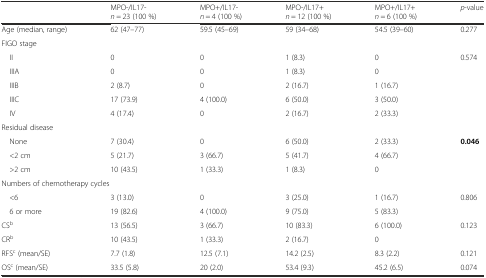
<table><thead><tr><td></td><td><b>MPO-/IL17-<i>n</i> = 23 (100 %)</b></td><td><b>MPO+/IL17-<i>n</i> = 4 (100 %)</b></td><td><b>MPO-/IL17+<i>n</i> = 12 (100 %)</b></td><td><b>MPO+/IL17+<i>n</i> = 6 (100 %)</b></td><td><b><i>p</i>-value</b></td></tr></thead><tbody><tr><td>Age (median, range)</td><td>62 (47–77)</td><td>59.5 (45–69)</td><td>59 (34–68)</td><td>54.5 (39–60)</td><td>0.277</td></tr><tr><td colspan="6">FIGO stage</td></tr><tr><td> II</td><td>0</td><td>0</td><td>1 (8.3)</td><td>0</td><td rowspan="5">0.574</td></tr><tr><td> IIIA</td><td>0</td><td>0</td><td>1 (8.3)</td><td>0</td></tr><tr><td> IIIB</td><td>2 (8.7)</td><td>0</td><td>2 (16.7)</td><td>1 (16.7)</td></tr><tr><td> IIIC</td><td>17 (73.9)</td><td>4 (100.0)</td><td>6 (50.0)</td><td>3 (50.0)</td></tr><tr><td> IV</td><td>4 (17.4)</td><td>0</td><td>2 (16.7)</td><td>2 (33.3)</td></tr><tr><td colspan="6">Residual disease</td></tr><tr><td> None</td><td>7 (30.4)</td><td>0</td><td>6 (50.0)</td><td>2 (33.3)</td><td rowspan="3"><b>0.046</b></td></tr><tr><td> &lt;2 cm</td><td>5 (21.7)</td><td>3 (66.7)</td><td>5 (41.7)</td><td>4 (66.7)</td></tr><tr><td> &gt;2 cm</td><td>10 (43.5)</td><td>1 (33.3)</td><td>1 (8.3)</td><td>0</td></tr><tr><td colspan="6">Numbers of chemotherapy cycles</td></tr><tr><td> &lt;6</td><td>3 (13.0)</td><td>0</td><td>3 (25.0)</td><td>1 (16.7)</td><td rowspan="2">0.806</td></tr><tr><td> 6 or more</td><td>19 (82.6)</td><td>4 (100.0)</td><td>9 (75.0)</td><td>5 (83.3)</td></tr><tr><td>CS<sup>b</sup></td><td>13 (56.5)</td><td>3 (66.7)</td><td>10 (83.3)</td><td>6 (100.0)</td><td rowspan="2">0.123</td></tr><tr><td>CR<sup>b</sup></td><td>10 (43.5)</td><td>1 (33.3)</td><td>2 (16.7)</td><td>0</td></tr><tr><td>RFS<sup>c</sup> (mean/SE)</td><td>7.7 (1.8)</td><td>12.5 (7.1)</td><td>14.2 (2.5)</td><td>8.3 (2.2)</td><td>0.121</td></tr><tr><td>OS<sup>c</sup> (mean/SE)</td><td>33.5 (5.8)</td><td>20 (2.0)</td><td>53.4 (9.3)</td><td>45.2 (6.5)</td><td>0.074</td></tr></tbody></table>